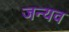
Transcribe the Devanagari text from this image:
जन्यव